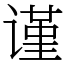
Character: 谨